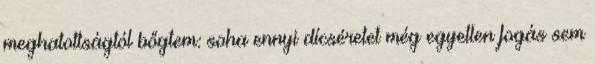
meghatottságtól bőgtem: soha ennyi dícséretet még egyetlen fogás sem